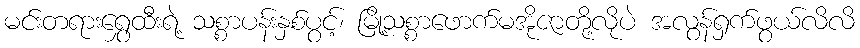
မင်းတရားရွှေထီးရဲ့ သစ္စာပန်းနှစ်ပွင့်၊ မြို့သစ္စာဖောက်မအိုဇာတို့လိုပဲ အလွန်ရှက်ဖွယ်လိလိ